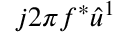
j 2 \pi f ^ { * } \hat { u } ^ { 1 }